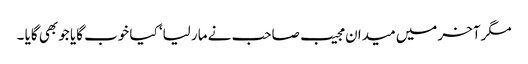
مگرآخر میں میدان مجیب صاحب نے مار لیا‘ کیا خوب گایا جو بھی گایا ۔